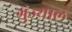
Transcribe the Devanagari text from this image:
गुंज्याल